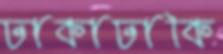
ঢাকাঢাকি